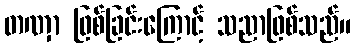
တဏှာ ဖြစ်ခြင်းကြောင့် သညာဖြစ်သည်။